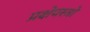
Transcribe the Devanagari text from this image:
प्रक्षेपस्त्रो